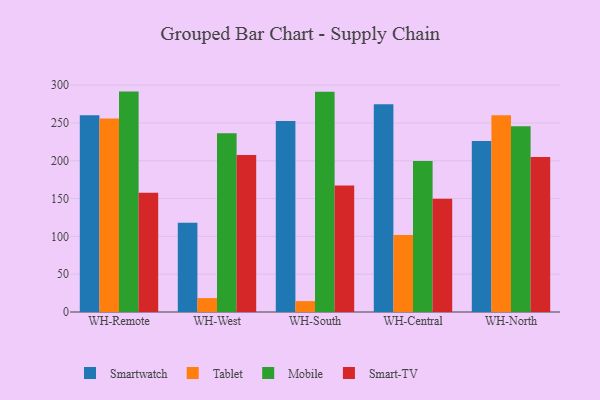
{"axis": {"x": "Warehouse", "y": "Active Users"}, "legend": ["Mobile", "Smart-TV", "Smartwatch", "Tablet"], "data": [{"x": "WH-Remote", "y": 260.0, "type": "Smartwatch"}, {"x": "WH-Remote", "y": 255.8, "type": "Tablet"}, {"x": "WH-Remote", "y": 291.4, "type": "Mobile"}, {"x": "WH-Remote", "y": 157.8, "type": "Smart-TV"}, {"x": "WH-West", "y": 117.9, "type": "Smartwatch"}, {"x": "WH-West", "y": 18.4, "type": "Tablet"}, {"x": "WH-West", "y": 236.4, "type": "Mobile"}, {"x": "WH-West", "y": 207.7, "type": "Smart-TV"}, {"x": "WH-South", "y": 252.4, "type": "Smartwatch"}, {"x": "WH-South", "y": 14.4, "type": "Tablet"}, {"x": "WH-South", "y": 291.2, "type": "Mobile"}, {"x": "WH-South", "y": 167.3, "type": "Smart-TV"}, {"x": "WH-Central", "y": 274.8, "type": "Smartwatch"}, {"x": "WH-Central", "y": 101.8, "type": "Tablet"}, {"x": "WH-Central", "y": 199.5, "type": "Mobile"}, {"x": "WH-Central", "y": 149.8, "type": "Smart-TV"}, {"x": "WH-North", "y": 226.2, "type": "Smartwatch"}, {"x": "WH-North", "y": 260.2, "type": "Tablet"}, {"x": "WH-North", "y": 245.6, "type": "Mobile"}, {"x": "WH-North", "y": 205.0, "type": "Smart-TV"}]}